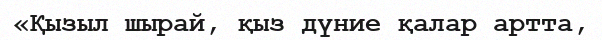
«Қызыл шырай, қыз дүние қалар артта,